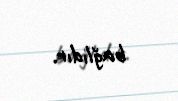
bağlıdır.